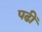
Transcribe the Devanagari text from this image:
पढीं